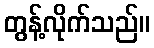
တွန့်လိုက်သည်။